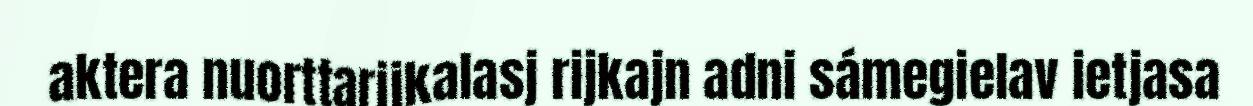
aktera nuorttarijkalasj rijkajn adni sámegielav ietjasa